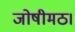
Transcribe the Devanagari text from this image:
जोषीमठ।